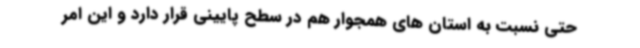
حتی نسبت به استان های همجوار هم در سطح پایینی قرار دارد و این امر